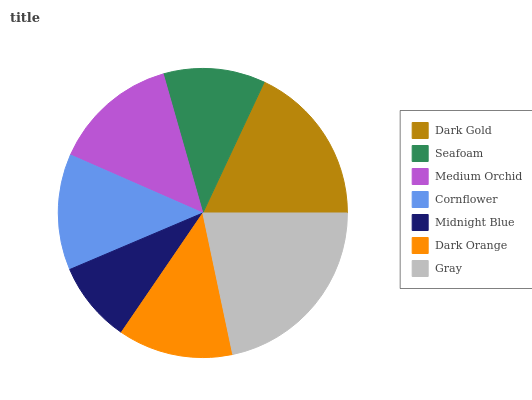
| Dark Gold | Seafoam | Medium Orchid | Cornflower | Midnight Blue | Dark Orange | Gray |
 | --- | --- | --- | --- | --- | --- | --- |
 | 18% | 11.4% | 14% | 13% | 9.08% | 12.9% | 21.7% |